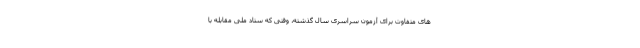
های متفاوت برای آزمون سراسری سال گذشته، وقتی که ستاد ملی مقابله با